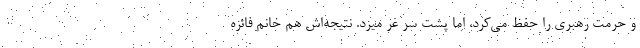
و حرمت رهبری را حفظ می‌کرد، اما پشت سر غر میزد. نتیجه‌اش هم خانم فائزه